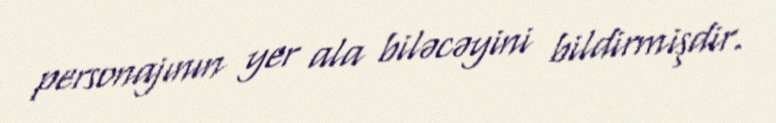
personajının yer ala biləcəyini bildirmişdir.